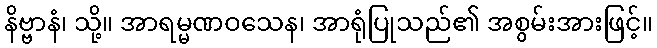
နိဗ္ဗာနံ၊ သို့။ အာရမ္မဏဝသေန၊ အာရုံပြုသည်၏ အစွမ်းအားဖြင့်။